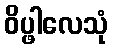
ဝိပ္ဖါလေသုံ